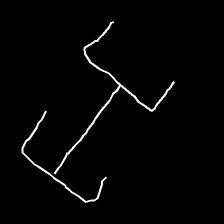
Glyph: entwine